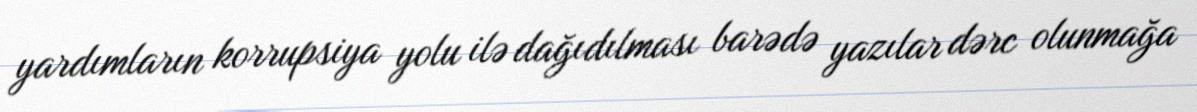
yardımların korrupsiya yolu ilə dağıdılması barədə yazılar dərc olunmağa